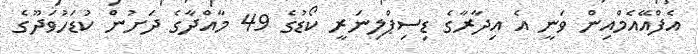
އެފްއޭއެމްއިން ވަނީ އެ އިދާރާގެ ޑިސިޕްލިނަރީ ކޯޑުގެ 49 މާއްދާގެ ދަށުން ކުޑަހުވަދޫގެ